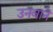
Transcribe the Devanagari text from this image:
उनवाने